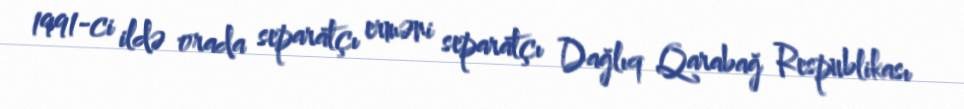
1991-ci ildə orada separatçı erməni separatçı Dağlıq Qarabağ Respublikası